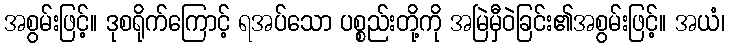
အစွမ်းဖြင့်။ ဒုစရိုက်ကြောင့် ရအပ်သော ပစ္စည်းတို့ကို အမြဲမှီဝဲခြင်း၏အစွမ်းဖြင့်။ အယံ၊